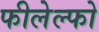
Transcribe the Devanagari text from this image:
फीलेल्फो